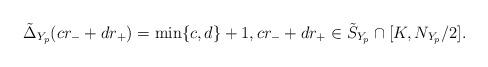
LaTeX: \begin{align*}\tilde{\Delta}_{Y_p}(cr_-+dr_+)=\min \{ c,d\} +1, cr_-+dr_+\in \tilde S_{Y_p} \cap [K,N_{Y_p}/2].\end{align*}